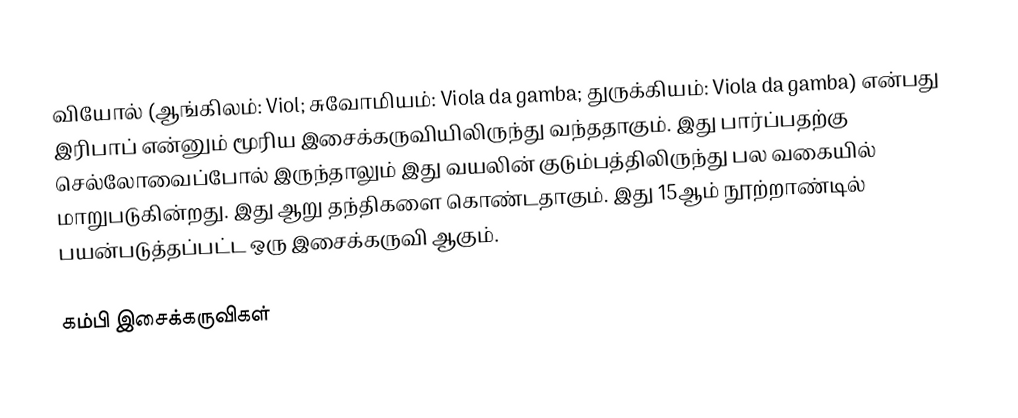
வியோல் (ஆங்கிலம்: Viol; சுவோமியம்: Viola da gamba; துருக்கியம்: Viola da gamba) என்பது இரிபாப் என்னும் மூரிய இசைக்கருவியிலிருந்து வந்ததாகும். இது பார்ப்பதற்கு செல்லோவைப்போல் இருந்தாலும் இது வயலின் குடும்பத்திலிருந்து பல வகையில் மாறுபடுகின்றது. இது ஆறு தந்திகளை கொண்டதாகும். இது 15ஆம் நூற்றாண்டில் பயன்படுத்தப்பட்ட ஒரு இசைக்கருவி ஆகும்.

கம்பி இசைக்கருவிகள்